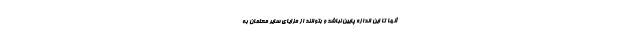
آنها تا این اندازه پایین نباشد و بتوانند از مزایای سایر معلمان به